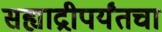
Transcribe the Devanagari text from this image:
सह्याद्रीपर्यंतचा